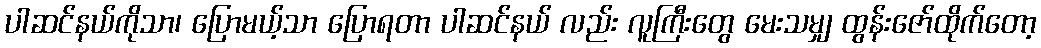
ပါဆင်နယ်ကိုသာ၊ ပြောမယ့်သာ ပြောရတာ ပါဆင်နယ် လည်း လူကြီးတွေ မေးသမျှ ထွန်းဇော်ထိုက်တော့